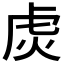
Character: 𬟩